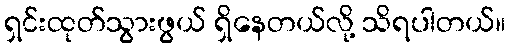
ရှင်းထုတ်သွားဖွယ် ရှိနေတယ်လို့ သိရပါတယ်။